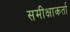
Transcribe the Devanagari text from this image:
समीक्षाकर्ता